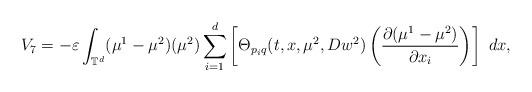
LaTeX: \begin{align*}V_{7}=-\varepsilon\int_{\mathbb{T}^{d}}(\mu^{1}-\mu^{2})(\mu^{2})\sum_{i=1}^{d}\left[\Theta_{p_{i}q}(t,x,\mu^{2},Dw^{2})\left(\frac{\partial(\mu^{1}-\mu^{2})}{\partial x_{i}}\right)\right]\ dx,\end{align*}